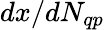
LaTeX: dx/dN_{qp}